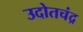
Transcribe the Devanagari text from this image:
उदोतचंद्र